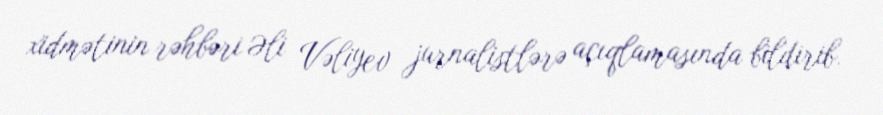
xidmətinin rəhbəri Əli Vəliyev jurnalistlərə açıqlamasında bildirib.